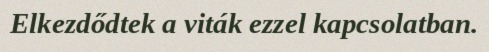
Elkezdődtek a viták ezzel kapcsolatban.